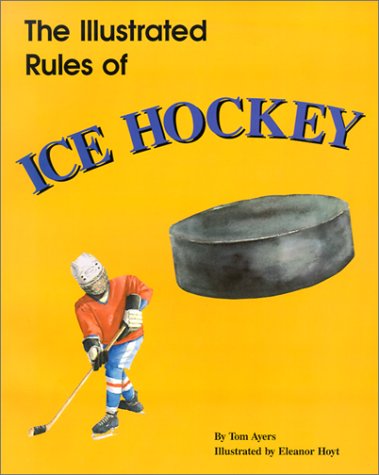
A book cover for The Illustrated Rules of Ice Hockey; Tom Ayers; Children's Books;